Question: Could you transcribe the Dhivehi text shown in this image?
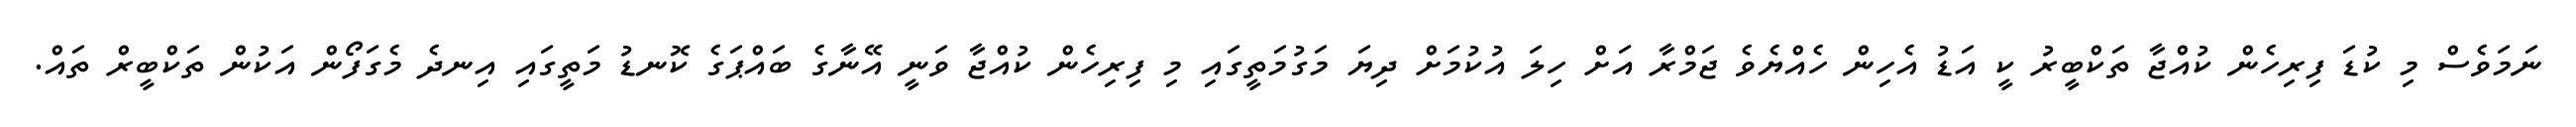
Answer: ނަމަވެސް މި ކުޑަ ފިރިހެން ކުއްޖާ ތަކްބީރު ކީ އަޑު އެހިން ހެއްޔެވެ ޖަމްރާ އަށް ހިލަ އުކުމަށް ދިޔަ މަގުމަތީގައި މި ފިރިހެން ކުއްޖާ ވަނީ އޭނާގެ ބައްޕަގެ ކޮނޑު މަތީގައި އިނދެ މެގަފޯން އަކުން ތަކްބީރް ތައް.